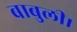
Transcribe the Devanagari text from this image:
बाबुली।